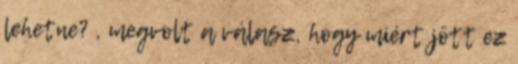
lehetne? , megvolt a válasz, hogy miért jött ez